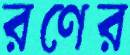
রণের